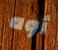
أوه